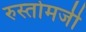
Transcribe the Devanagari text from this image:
रुस्तोमजी